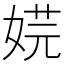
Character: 𡝴